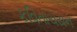
કવિતાચયન